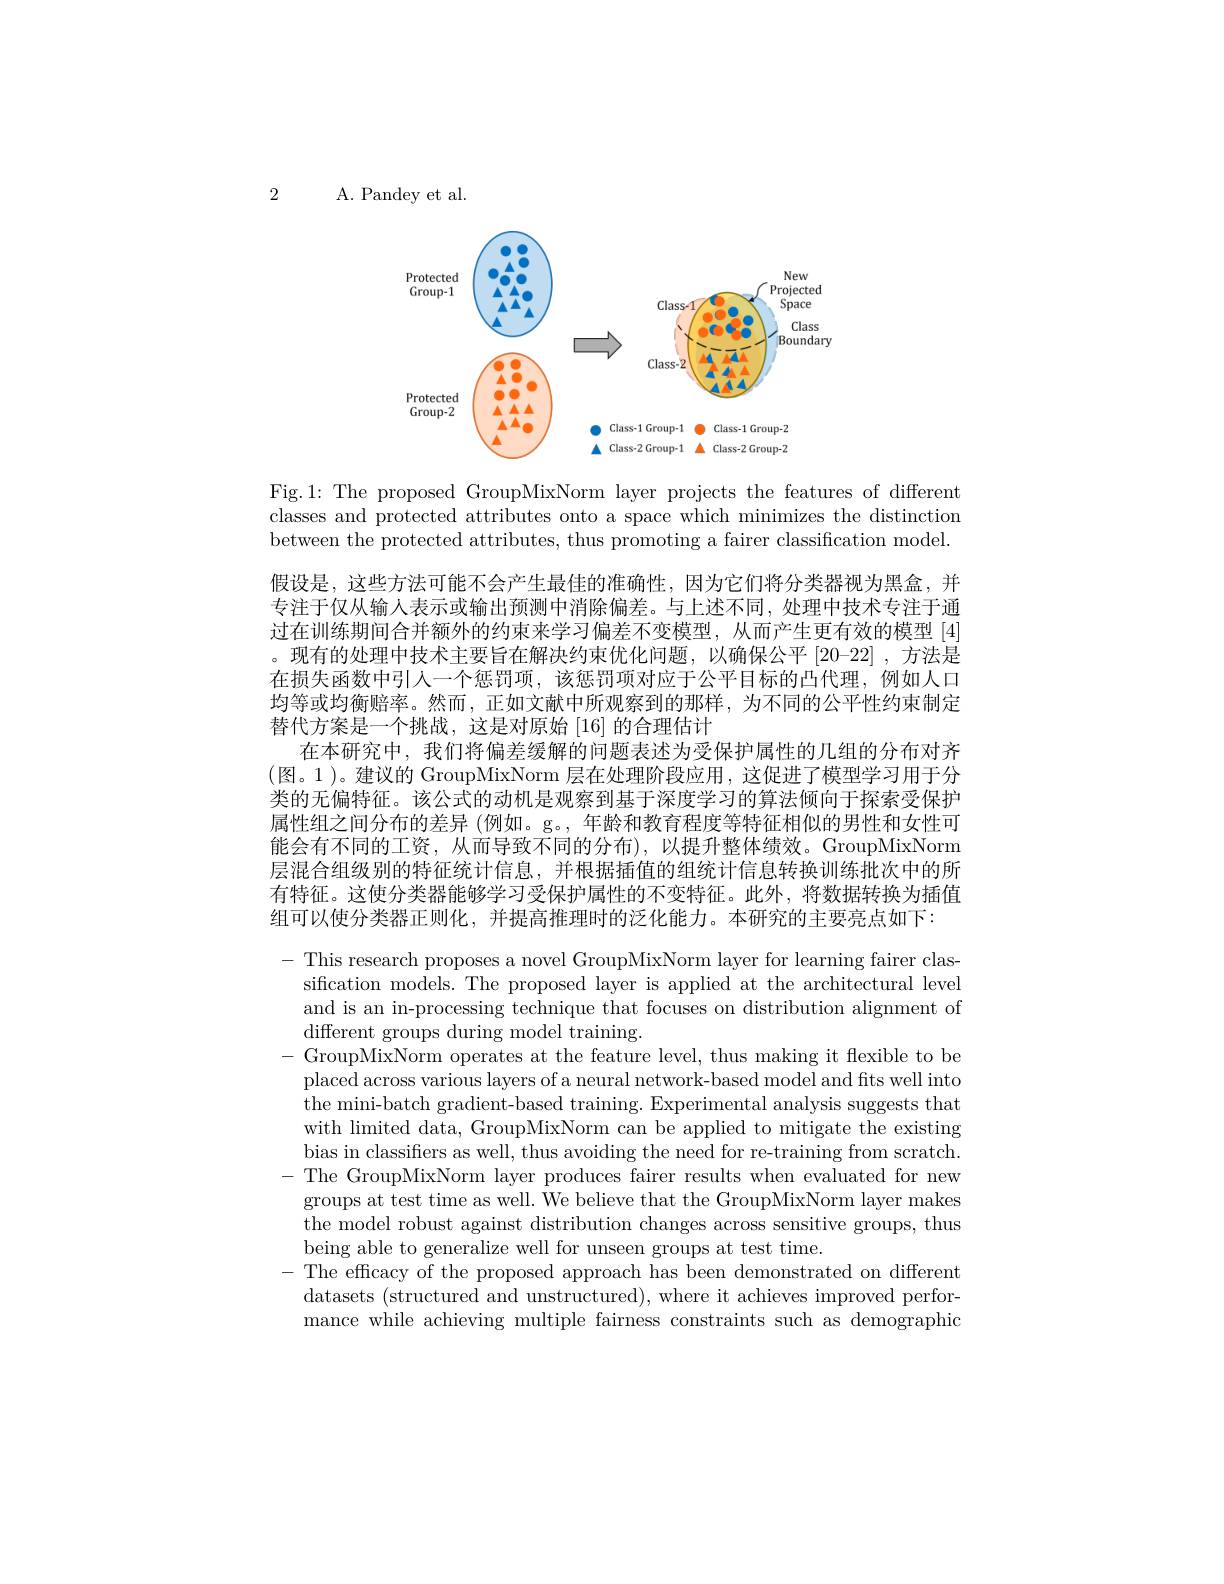
2

A. Pandey et al.

<FigureHere>

Fig.1: The proposed GroupMixNorm layer projects the features of different classes and protected attributes onto a space which minimizes the distinction between the protected attributes, thus promoting a fairer classification model.

假设是，这些方法可能不会产生最佳的准确性，因为它们将分类器视为黑盒，并专注于仅从输入表示或输出预测中消除偏差。与上述不同，处理中技术专注于通过在训练期间合并额外的约束来学习偏差不变模型，从而产生更有效的模型[4] 。现有的处理中技术主要旨在解决约束优化问题，以确保公平[20-22] ,方法是在损失函数中引人一个惩罚项，该惩罚项对应于公平目标的凸代理，例如人口均等或均衡赔率。然而，正如文献中所观察到的那样，为不同的公平性约束制定替代方案是一个挑战，这是对原始[16]的合理估计
在本研究中，我们将偏差缓解的问题表述为受保护属性的几组的分布对齐(图。1)。建议的 GroupMixNorm 层在处理阶段应用，这促进了模型学习用于分类的无偏特征。该公式的动机是观察到基于深度学习的算法倾向于探索受保护属性组之间分布的差异 (例如。g。, 年龄和教育程度等特征相似的男性和女性可能会有不同的工资，从而导致不同的分布),以提升整体绩效。GroupMixNorm 层混合组级别的特征统计信息，并根据插值的组统计信息转换训练批次中的所有特征。这使分类器能够学习受保护属性的不变特征。此外，将数据转换为插值组可以使分类器正则化，并提高推理时的泛化能力。本研究的主要亮点如下：
$-{\mathrm{~This~research~proposes~a~novel~GroupMixNorm~layer~for~learning~fairer~clas}}$
sification models. The proposed layer is applied at the architectural level and is an in-processing technique that focuses on distribution alignment of different groups during model training.
- GroupMixNorm operates at the feature level, thus making it flexible to be placed across various layers of a neural network-based model and fits well into the mini-batch gradient-based training. Experimental analysis suggests that with limited data, GroupMixNorm can be applied to mitigate the existing bias in classifiers as well, thus avoiding the need for re-training from scratch
-The GroupMixNorm layer produces fairer results when evaluated for new
groups at test time as well. We believe that the GroupMixNorm layer makes the model robust against distribution changes across sensitive groups, thus being able to generalize well for unseen groups at test time.
- The efficacy of the proposed approach has been demonstrated on different
datasets (structured and unstructured), where it achieves improved performance while achieving multiple fairness constraints such as demographic